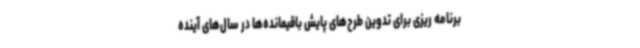
برنامه ریزی برای تدوین طرح‌های پایش باقیمانده‌ها در سال‌های آینده